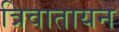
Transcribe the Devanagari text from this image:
त्रिवातायन